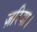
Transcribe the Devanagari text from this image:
ज़रिया।